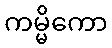
ကမ္မိကော